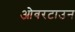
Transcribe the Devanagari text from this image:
ओवरटाउन